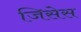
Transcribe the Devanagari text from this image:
जिसेस